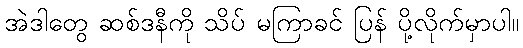
အဲဒါတွေ ဆစ်ဒနီကို သိပ် မကြာခင် ပြန် ပို့လိုက်မှာပါ။